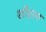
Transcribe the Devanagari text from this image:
शीसम